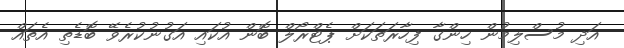
އަދި މުސްލިމުން ހިންގާ ފިހާރަތަކަށް ޕެޓްރޯލް ބޮން އުކައި އަގުނުކުރެވޭ ބޮޑެތި އެތައް